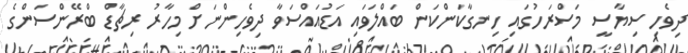
ދިވެހި ސިޔާސީ މަސްރަހުގައި ހިނގާކަންކަން ބައްލަވައި އަޑުއައްސަވާ ދިވެހިންނަށް މިހާރު ރިޗާޑް ބްރޭންސަންގެ